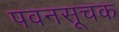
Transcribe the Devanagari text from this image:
पवनसूचक